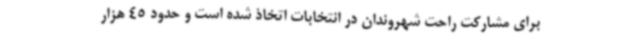
برای مشارکت راحت شهروندان در انتخابات اتخاذ شده است و حدود 45 هزار